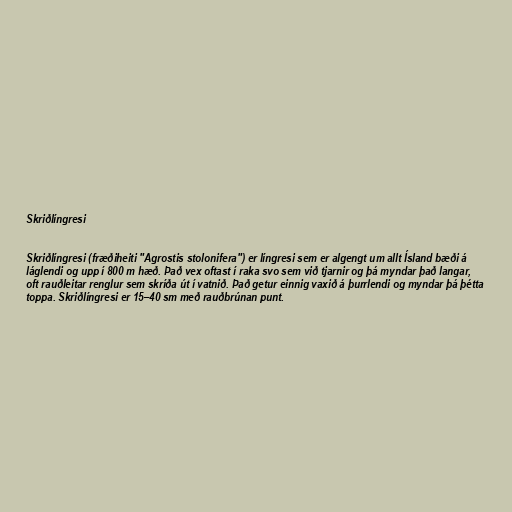
Skriðlíngresi

Skriðlíngresi (fræðiheiti "Agrostis stolonifera") er língresi sem er algengt um allt Ísland bæði á
láglendi og upp í 800 m hæð. Það vex oftast í raka svo sem við tjarnir og þá myndar það langar,
oft rauðleitar renglur sem skríða út í vatnið. Það getur einnig vaxið á þurrlendi og myndar þá þétta
toppa. Skriðlíngresi er 15–40 sm með rauðbrúnan punt.